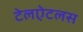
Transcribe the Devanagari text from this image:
टेलऐटलस